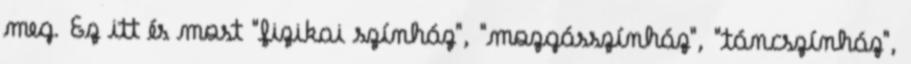
meg. Ez itt és most "fizikai színház", "mozgásszínház", "táncszínház",